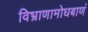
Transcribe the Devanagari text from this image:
विभ्राणामोघबाणं